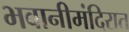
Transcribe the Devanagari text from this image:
भवानीमंदिरात